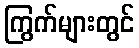
ကြွက်များတွင်